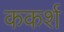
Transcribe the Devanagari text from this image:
ककर्श